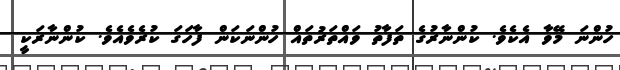
ހުންނަ މޭވާ އެކެވެ. ކުންނާރުގެ ތަފާތު ވައްތަރުތައް ހުންނަކަން ފާހަގަ ކުރެވެއެވެ. ކުންނާރަކީ